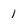
Character: 1